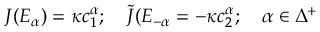
J ( E _ { \alpha } ) = \kappa c _ { 1 } ^ { \alpha } ; \quad { \tilde { J } } ( E _ { - \alpha } = - \kappa c _ { 2 } ^ { \alpha } ; \quad \alpha \in \Delta ^ { + }